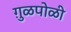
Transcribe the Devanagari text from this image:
गु़ळपोळी